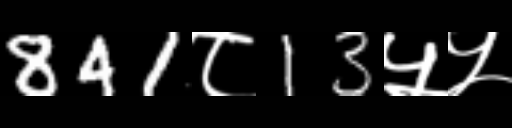
Text: 841८13५५